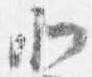
北